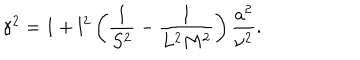
\gamma ^ { 2 } = 1 + l ^ { 2 } \left( \frac { 1 } { S ^ { 2 } } - \frac { 1 } { L ^ { 2 } M ^ { 2 } } \right) \frac { a ^ { 2 } } { \nu ^ { 2 } } .